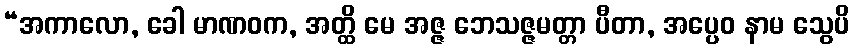
“အကာလော, ခေါ မာဏဝက, အတ္ထိ မေ အဇ္ဇ ဘေသဇ္ဇမတ္တာ ပီတာ, အပ္ပေဝ နာမ သွေပိ